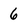
Character: 6